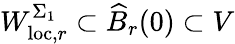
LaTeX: W_{\mathrm{loc},r}^{\Sigma_{1}}\subset\widehat{B}_{r}(0)\subset V